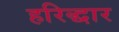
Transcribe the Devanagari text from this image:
हरिद्धार